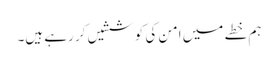
ہم خطے میں امن کی کوششیں کر رہے ہیں۔